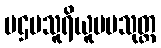
ပဌမသူရိယူပမသုတ္တ